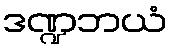
ဒဏ္ဍဘယံ